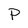
Character: P